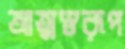
আত্মস্বরূপ